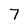
Character: 7